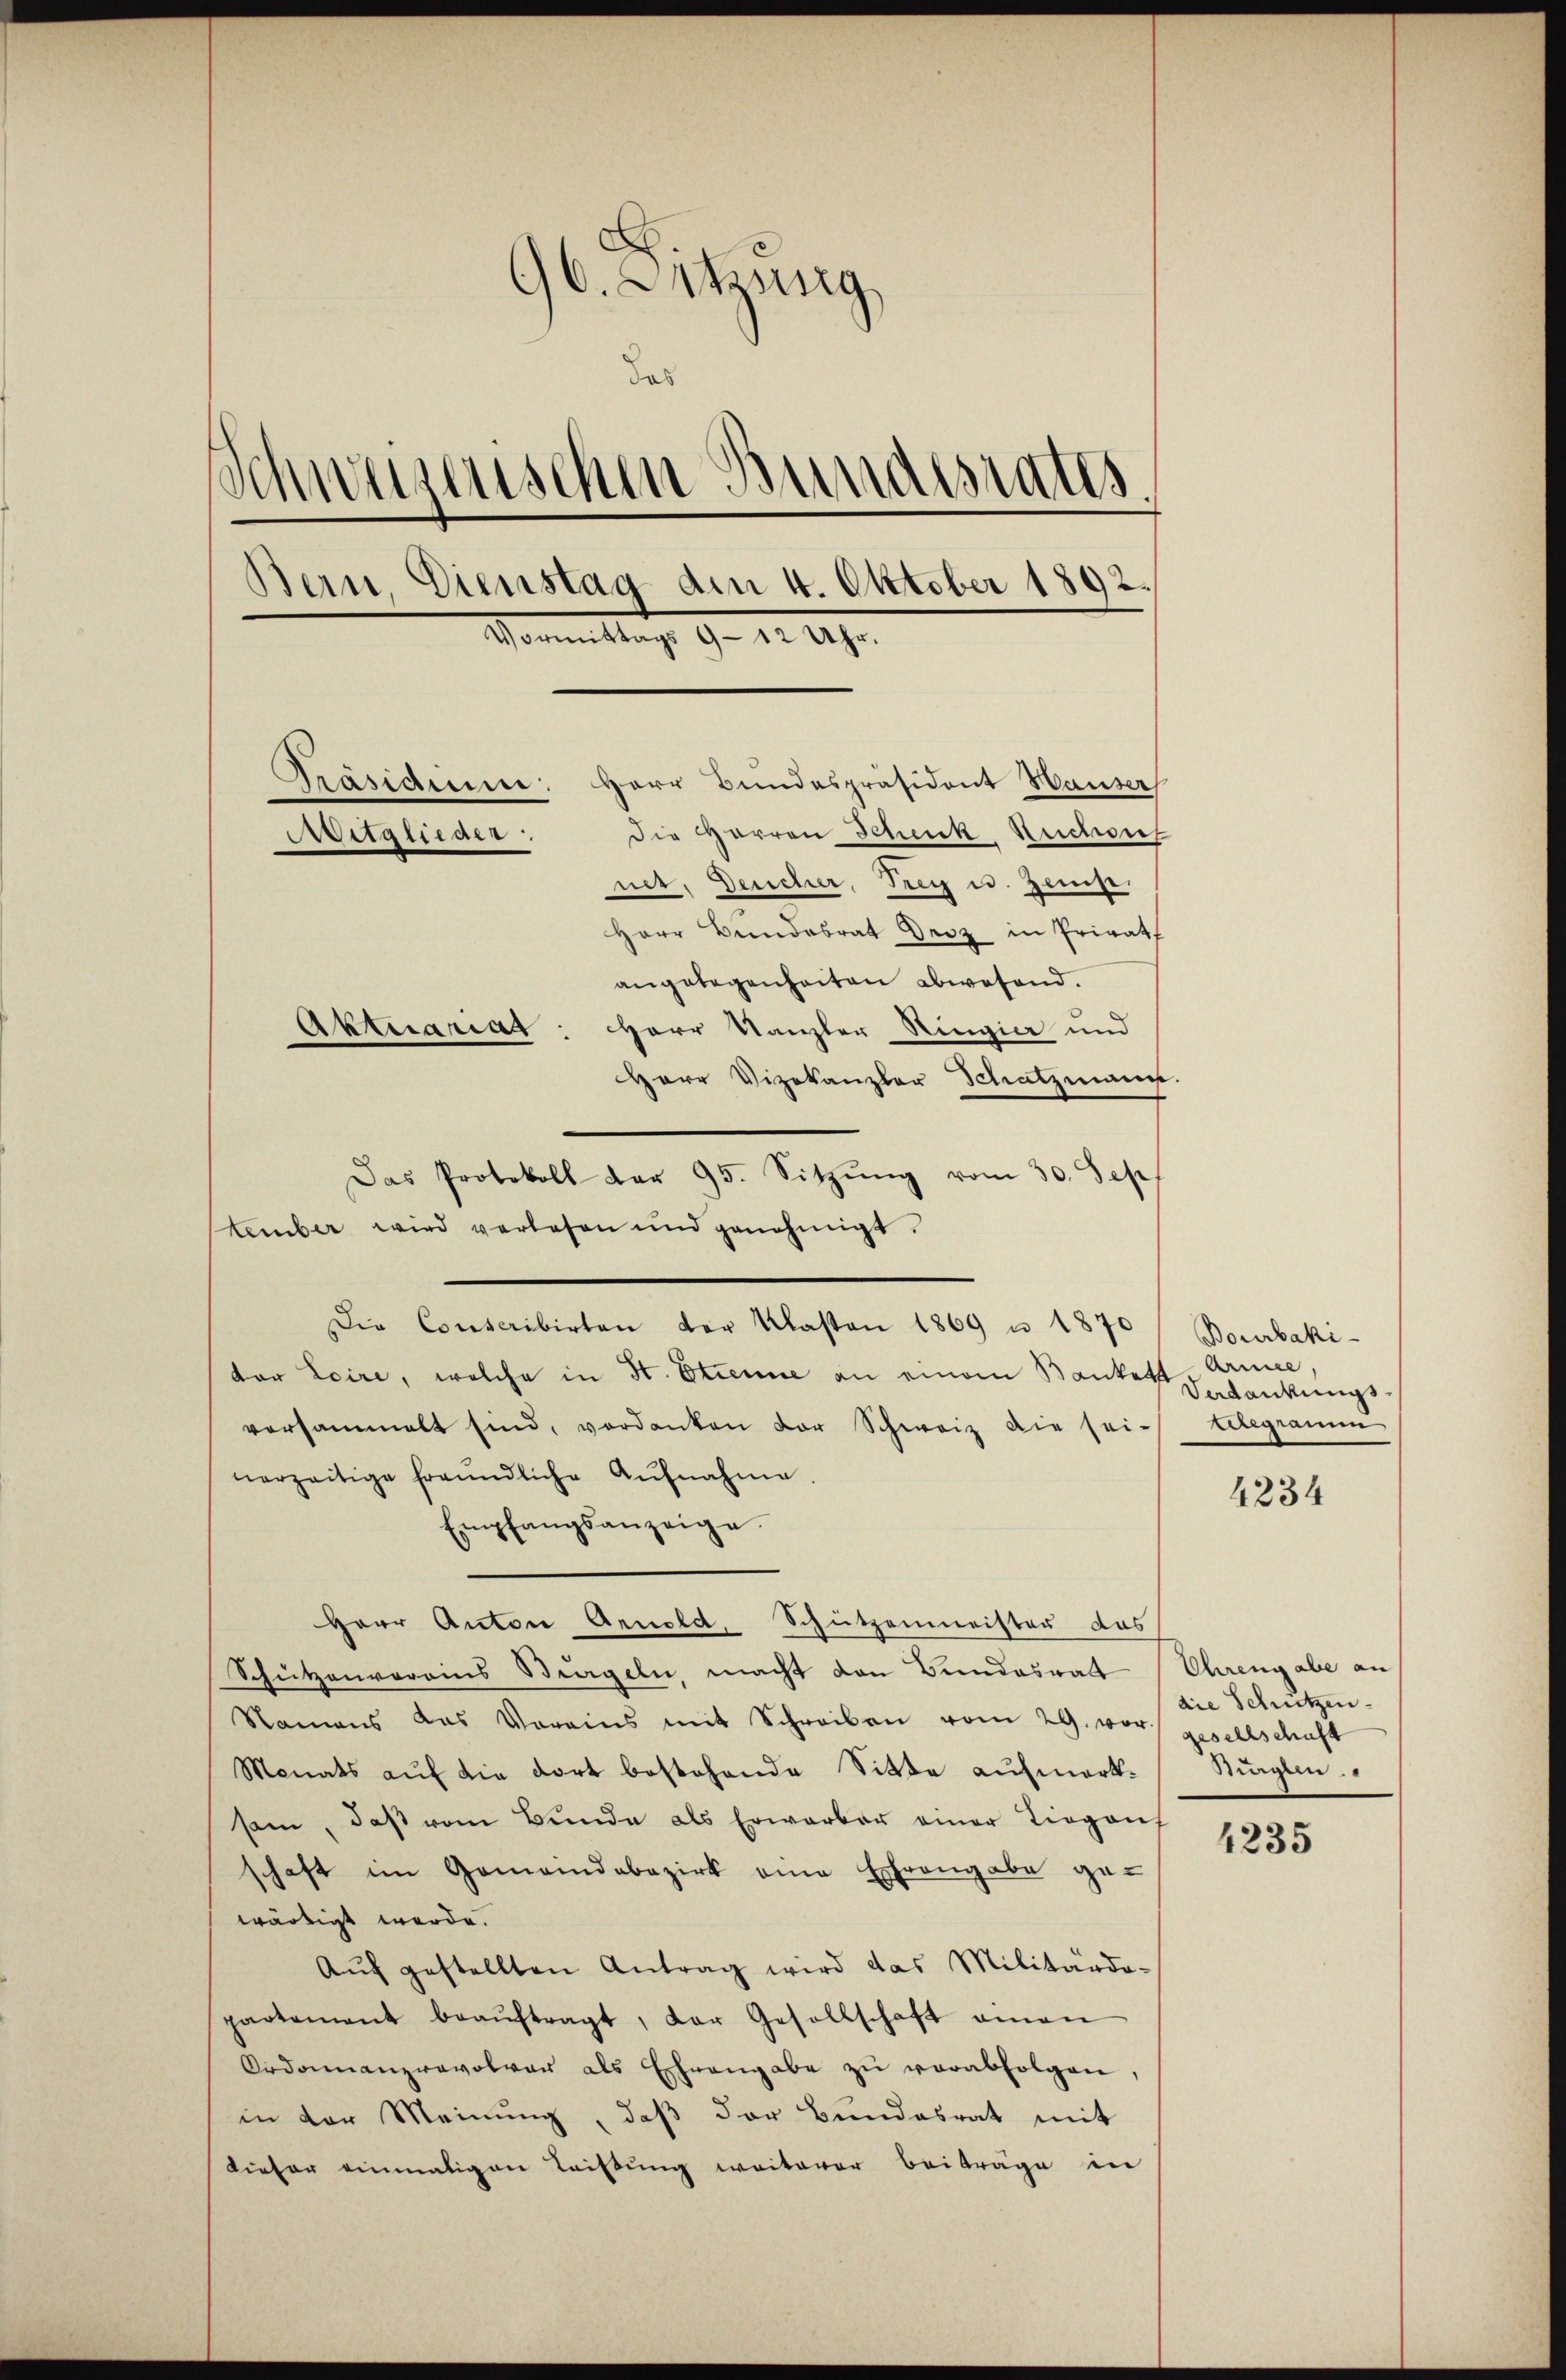
96. Sitzung
das
Schweizerischen Bundesrates.
Bern Dienstag am 4. Oktober 1892.
Vormittags 9 - 12 Uhr.
Präsidium: Herr Bundespräsident Hauser
Die Harren Schenck Ruchoief
Mitglieder.
net, Deucher, Frey u. Zinse.
Herr Bundesrat Droz in Privat
angelegenheiten abwesend.
Aktuariat: Herr Kanzler Ringia und

Herr Vizekanzler Schatzmann.
tember wird verlesen und genehmigt.
Die Conscribirten der Klasten 1869 u 1870
dor Loire, welche in St. Etienne an einem Bankett Armee
versammelt sind, verdanken der Schweiz die sei-
nerzeitige freŭndliche Aŭfnahme.
Empfangsanzeige.
Herr Anton Arnold, Schützenmeister das
Schützenvorains Bregeln, macht den Bundesratt Ehrengabe an
Namens das Vorains mit Schreiben vom 29. vor gesellschaft
Monats auf die dort bestehende Sitte aufmerksam, daβ vom Bunde als Erwarber einer Liegens
schaft im Gemeindebezirk eine Ehrengabe gewärtigt werde.
Aŭf gestellten Antrag wird das Militärdopartement beaŭftragt, der Gesellschaft amen
Ordonnanzrevolver als Ehrengabe zŭ verabfolgen,
in der Meinung, daß der Bundesrat mit
dieser einmaligen Leistung weiterer Beiträge in

Das Protokoll dar 95. Sitzŭng vom 30. Sep

Bourbaki-
Verdankungsvergraum

4234

die Schützen.
Singen.

4235